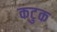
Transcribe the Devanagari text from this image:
कटुक